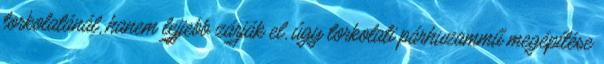
torkolatánál, hanem lejjebb zárják el, úgy torkolati párhuzammű megépítése